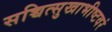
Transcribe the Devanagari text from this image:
सच्चित्सुखाभीष्टवरं